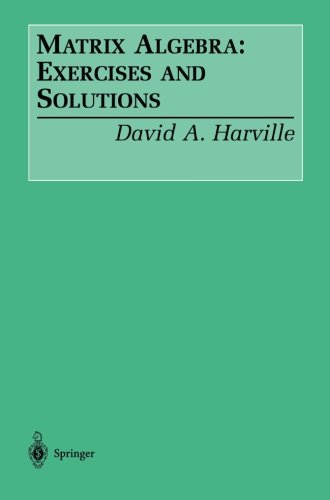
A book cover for Matrix Algebra: Exercises and Solutions; David A. Harville; Science & Math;